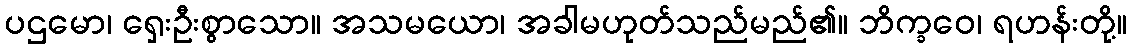
ပဌမော၊ ရှေးဦးစွာသော။ အသမယော၊ အခါမဟုတ်သည်မည်၏။ ဘိက္ခဝေ၊ ရဟန်းတို့။